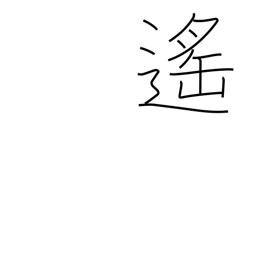
Meaning: distant